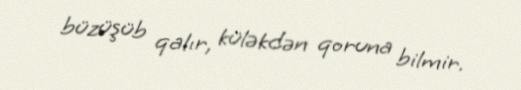
büzüşüb qalır, küləkdən qoruna bilmir.